Civil Veterinary Department. Madras. Admin. report 1926-33 - 1926-1933
Year: 1926
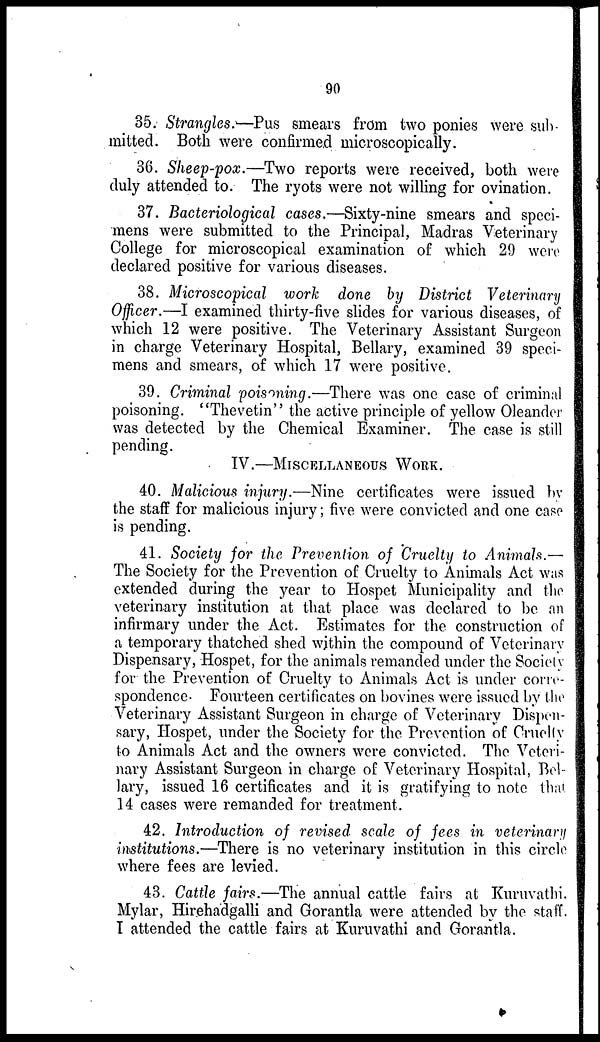
90
35. Strangles:—Pus smears from two ponies were sub-
mitted. Both were confirmed microscopically.
36. Sheep-pox.—Two reports were received, both were
duly attended to. The ryots were not willing for ovination.
37. Bacteriological cases.—Sixty-nine smears and speci-
mens were submitted to the Principal, Madras Veterinary
College for microscopical examination of which 29 were
declared positive for various diseases.
38. Microscopical work done by District Veterinary
Officer.—I examined thirty-five slides for various diseases, of
which 12 were positive. The Veterinary Assistant Surgeon
in charge Veterinary Hospital, Bellary, examined 39 speci-
mens and smears, of which 17 were positive.
39. Criminal poisoning.—There was one case of criminal
poisoning. "Thevetin" the active principle of yellow Oleander
was detected by the Chemical Examiner. The case is still
pending.
IV.—MISCELLAEOUS WORK.
40. Malicious injury.—Nine certificates were issued by
the staff for malicious injury; five were convicted and one case
is pending.
41. Society for the Prevention of Cruelty to Animals.—
The Society for the Prevention of Cruelty to Animals Act was
extended during the year to Hospet Municipality and the
veterinary institution at that place was declared to be an
infirmary under the Act. Estimates for the construction of
a temporary thatched shed within the compound of Veterinary
Dispensary, Hospet, for the animals remanded under the Society
for the Prevention of Cruelty to Animals Act is under corre-
spondence. Fourteen certificates on bovines were issued by the
Veterinary Assistant Surgeon in charge of Veterinary Dispen-
sary, Hospet, under the Society for the Prevention of Cruelty
to Animals Act and the owners were convicted. The Veteri-
nary Assistant Surgeon in charge of Veterinary Hospital, Bel-
lary, issued 16 certificates and it is gratifying to note that
14 cases were remanded for treatment.
42. Introduction of revised scale of fees in veterinary
institutions.—There is no veterinary institution in this circle
where fees are levied.
43. Cattle fairs.—The annual cattle fairs at Kuruvathi.
Mylar, Hirehadgalli and Gorantla were attended by the staff.
I attended the cattle fairs at Kuruvathi and Gorantla.